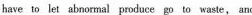
have to let abnarmal produce go to.Waste, and